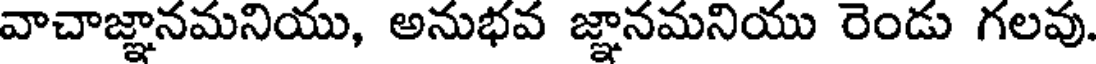
వాచాజ్ఞానమనియు, అనుభవ జ్ఞానమనియు రెండు గలవు.